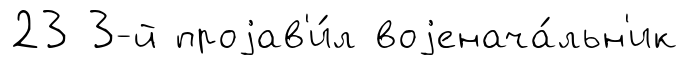
23 3-й проjав'и́л воjенача́льн'ик